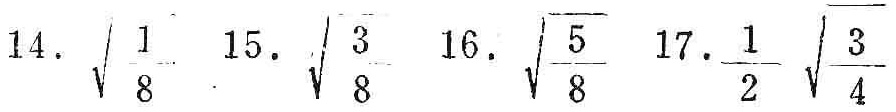
14. \(\sqrt{\frac{1}{8}}\) 15. \(\sqrt{\frac{3}{8}}\) 16. \(\sqrt{\frac{5}{8}}\) 17. \(\frac{1}{2}\sqrt{\frac{3}{4}}\)